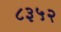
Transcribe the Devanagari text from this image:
८३५२